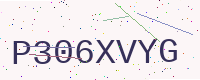
Text: P306XVYG